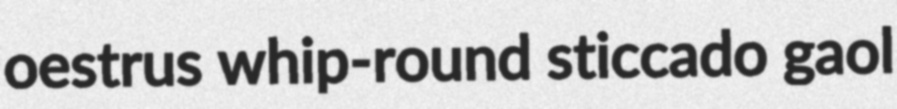
oestrus whip-round sticcado gaol